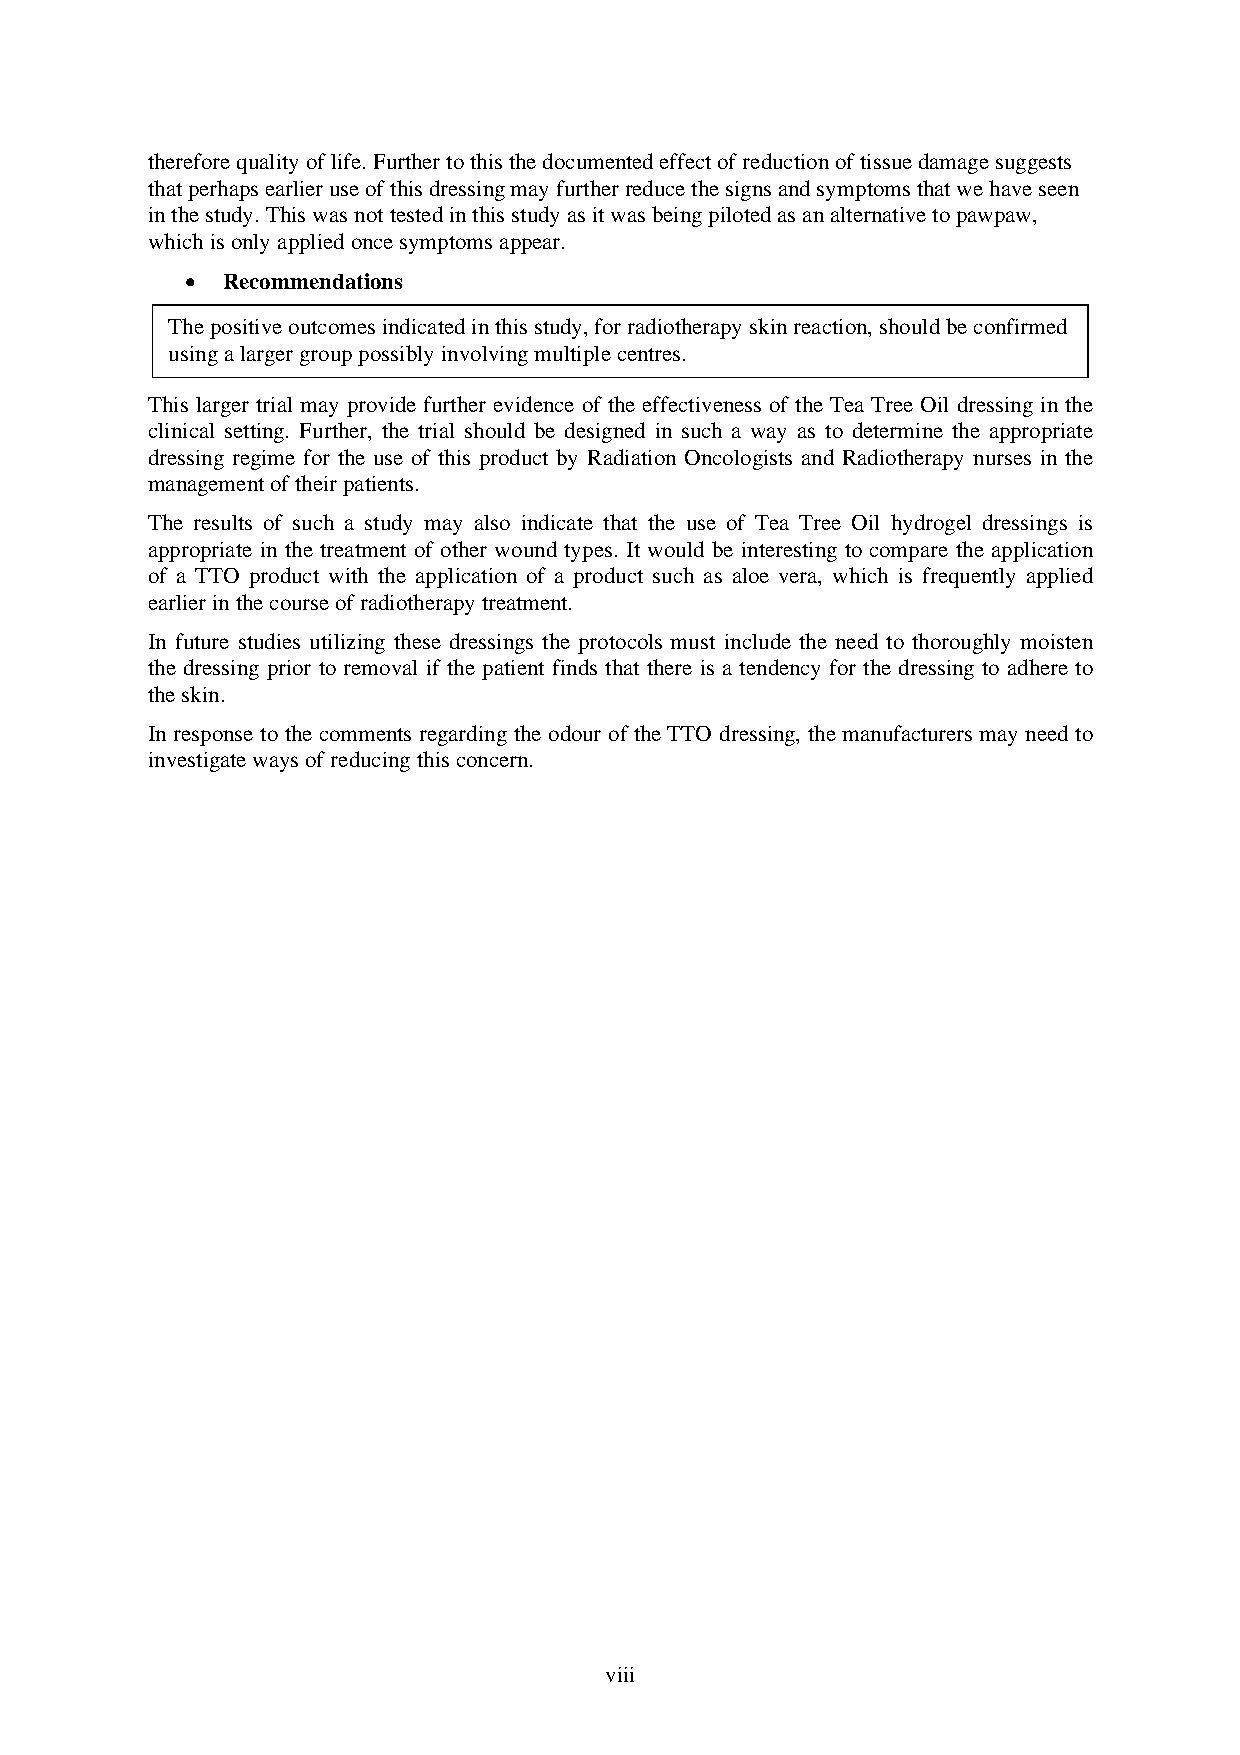
therefore quality of life. Further to this the documented effect of reduction of tissue damage suggests
 that perhaps earlier use of this dressing may further reduce the signs and symptoms that we have seen
 in the study. This was not tested in this study as it was being piloted as an alternative to pawpaw,
 which is only applied once symptoms appear.
 •  Recommendations
 The positive outcomes indicated in this study, for radiotherapy skin reaction, should be confirmed
 using a larger group possibly involving multiple centres.
 This larger trial may provide further evidence of the effectiveness of the Tea Tree Oil dressing in the
 clinical setting. Further, the trial should be designed in such a way as to determine the appropriate
 dressing regime for the use of this product by Radiation Oncologists and Radiotherapy nurses in the
 management of their patients.
 The results of such a study may also indicate that the use of Tea Tree Oil hydrogel dressings is
 appropriate in the treatment of other wound types. It would be interesting to compare the application
 of a TTO product with the application of a product such as aloe vera, which is frequently applied
 earlier in the course of radiotherapy treatment.
 In future studies utilizing these dressings the protocols must include the need to thoroughly moisten
 the dressing prior to removal if the patient finds that there is a tendency for the dressing to adhere to
 the skin.
 In response to the comments regarding the odour of the TTO dressing, the manufacturers may need to
 investigate ways of reducing this concern.
 viii